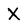
Character: X